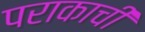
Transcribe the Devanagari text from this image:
पराकाची